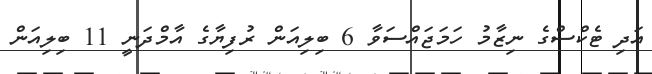
އަދި ޓެކްސްގެ ނިޒާމު ހަމަޖައްސަވާ 6 ބިލިއަން ރުފިޔާގެ އާމްދަނީ 11 ބިލިއަން